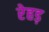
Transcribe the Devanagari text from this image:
रेहड़